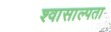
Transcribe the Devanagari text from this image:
श्वासाल्पता